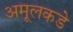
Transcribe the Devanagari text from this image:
अमूलकडे